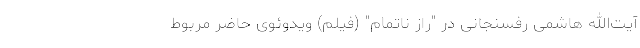
آیت‌الله هاشمی رفسنجانی در "راز ناتمام" (فیلم) ویدوئوی حاضر مربوط